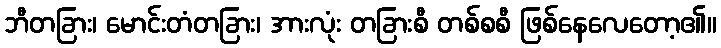
ဘီတခြား၊ မောင်းတံတခြား၊ အားလုံး တခြားစီ တစ်စစီ ဖြစ်နေလေတော့၏။